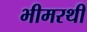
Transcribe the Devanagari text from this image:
भीमरथी